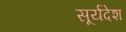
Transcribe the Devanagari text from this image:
सूर्यदेश